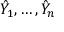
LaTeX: { \hat { Y } } _ { 1 } , \dots , { \hat { Y } } _ { n }